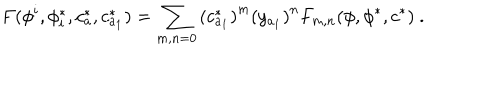
F ( \phi ^ { i } , \phi _ { i } ^ { * } , c _ { a } ^ { * } , c _ { a _ { 1 } } ^ { * } ) = \sum _ { m , n = 0 } \left( c _ { a _ { 1 } } ^ { * } \right) ^ { m } \left( y _ { a _ { 1 } } \right) ^ { n } F _ { m , n } ( \phi , \phi ^ { * } , c ^ { * } ) \ .